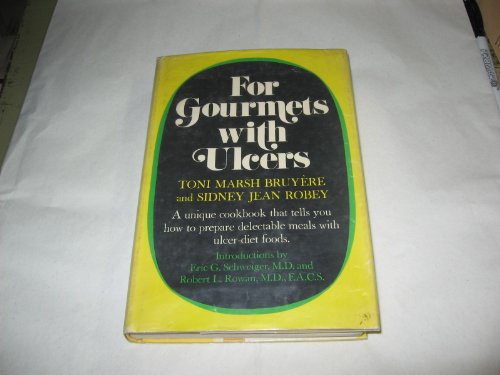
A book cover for For Gourmets With Ulcers; Toni Marsh Bruy Ere; Health, Fitness & Dieting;